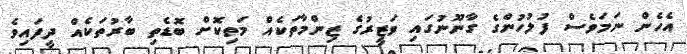
އެހެން ނަމަވެސް ފުލުހުންގެ ގާނޫނުގައި ވަޒީރުގެ ޒިންމާތަކެއް މަތިކޮށް ބޮޑެތި ބާރުތަކެއް ދީފައިވެ